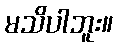
မသိပါဘူး။